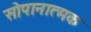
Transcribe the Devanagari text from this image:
सोपानात्मक